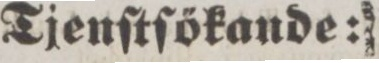
Tjenſtſökande: